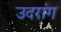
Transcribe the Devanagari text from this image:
उदरांग